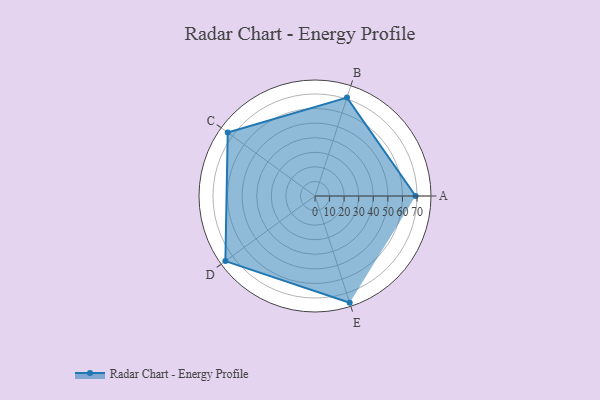
{"axis": {"x": "Skill", "y": "Score"}, "legend": ["Profile"], "data": [{"x": "A", "y": 69.0, "type": "Profile"}, {"x": "B", "y": 71.0, "type": "Profile"}, {"x": "C", "y": 74.0, "type": "Profile"}, {"x": "D", "y": 76.0, "type": "Profile"}, {"x": "E", "y": 77.0, "type": "Profile"}]}